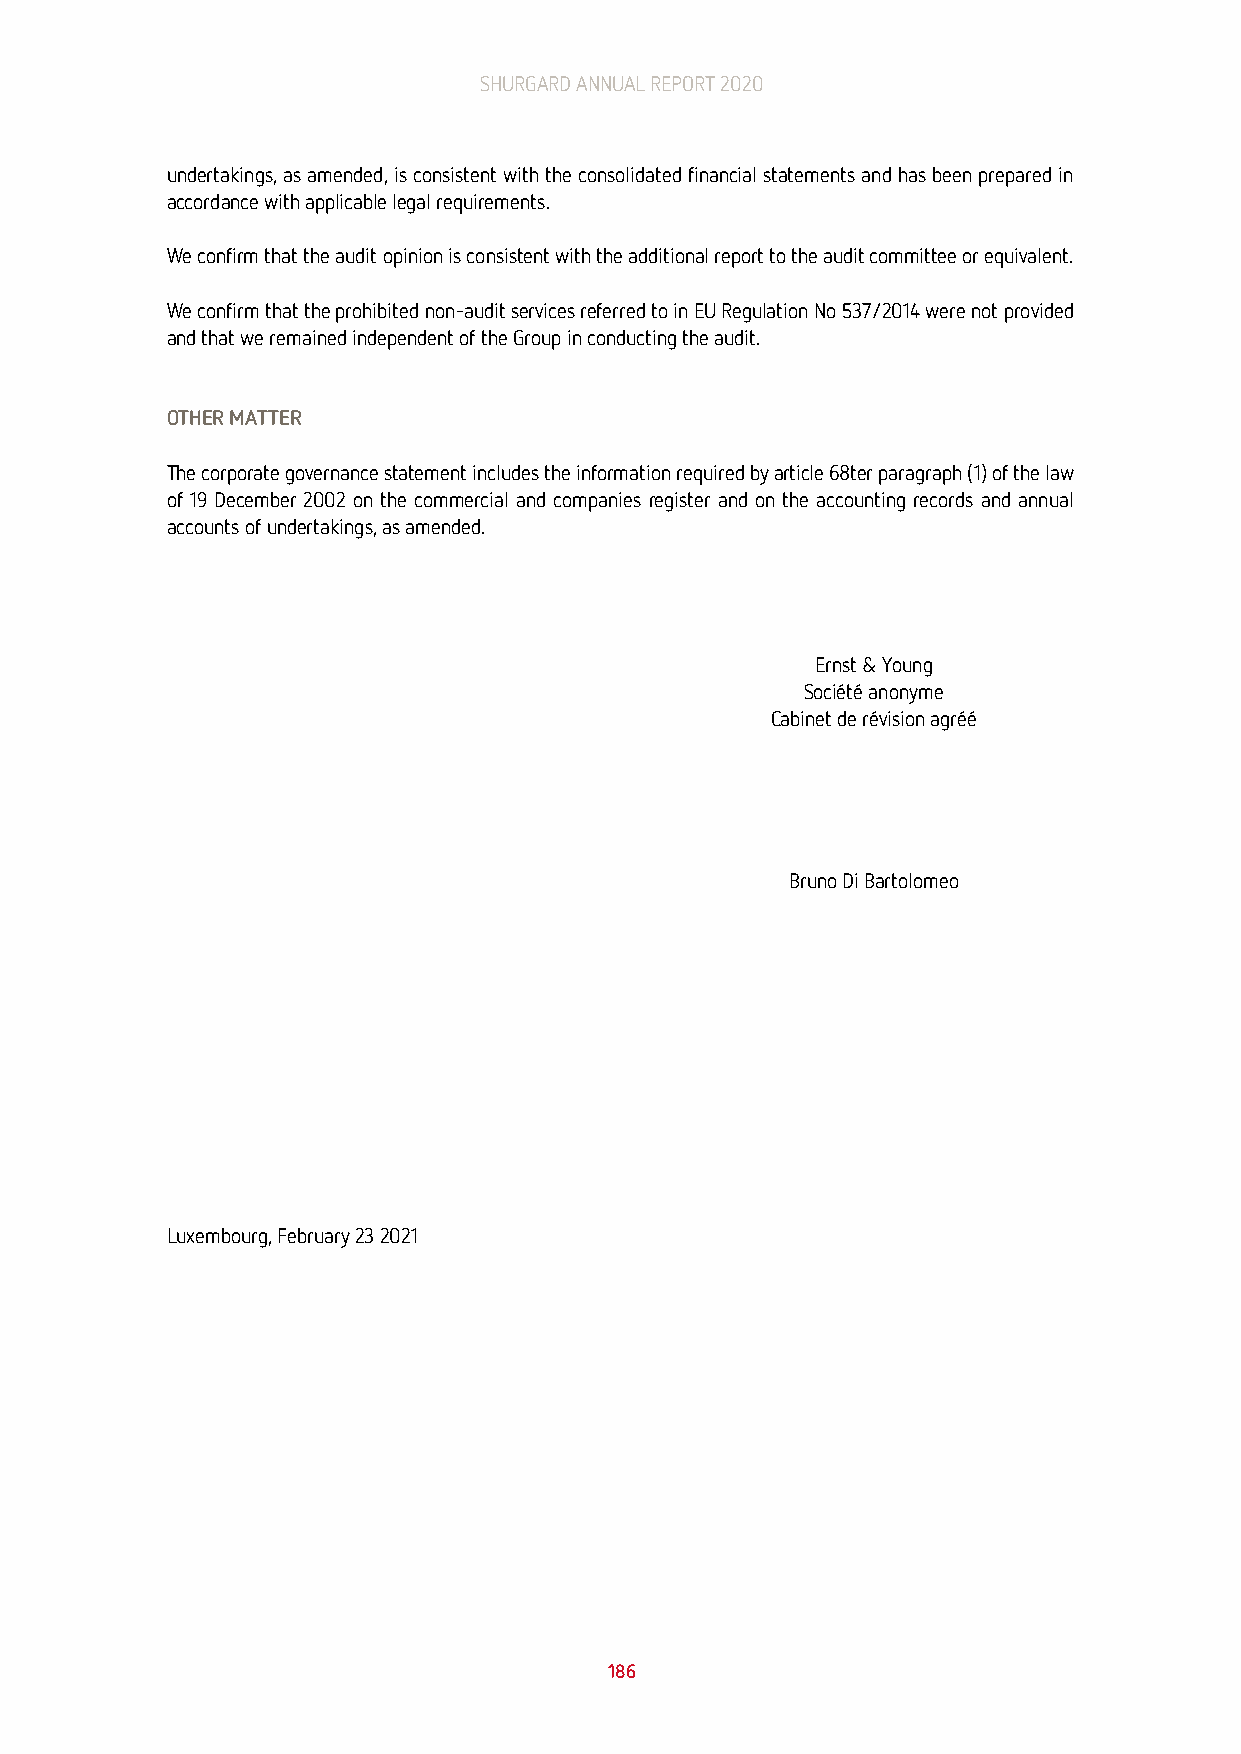
SHURGARD ANNUAL REPORT 2020
 undertakings, as amended, is consistent with the consolidated financial statements and has been prepared in
 accordance with applicable legal requirements.
 We confirm that the audit opinion is consistent with the additional report to the audit committee or equivalent.
 We confirm that the prohibited non-audit services referred to in EU Regulation No 537/2014 were not provided
 and that we remained independent of the Group in conducting the audit.
 OTHER MATTER
 The corporate governance statement includes the information required by article 68ter paragraph (1) of the law
 of 19 December 2002 on the commercial and companies register and on the accounting records and annual
 accounts of undertakings, as amended.
 Ernst & Young
 Société anonyme
 Cabinet de révision agréé
 Bruno Di Bartolomeo
 Luxembourg, February 23 2021
 186